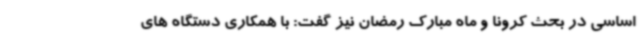
اساسی در بحث کرونا و ماه مبارک رمضان نیز گفت: با همکاری دستگاه های